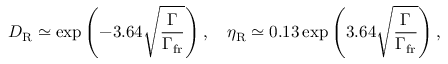
D _ { \mathrm { R } } \simeq \exp \left( - 3 . 6 4 \sqrt { \frac { \Gamma } { \Gamma _ { \mathrm { f r } } } } \right) , \quad \eta _ { \mathrm { R } } \simeq 0 . 1 3 \exp \left( 3 . 6 4 \sqrt { \frac { \Gamma } { \Gamma _ { \mathrm { f r } } } } \right) ,